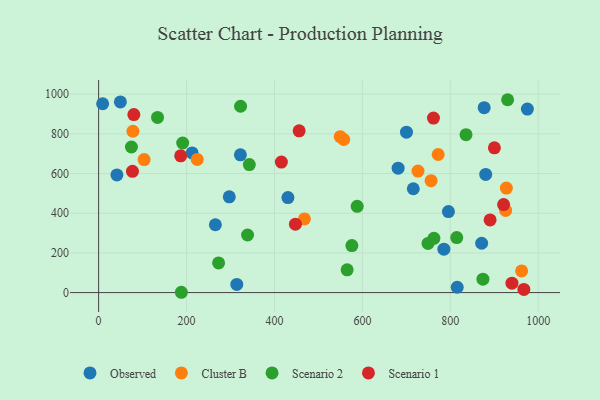
{"axis": {"x": "Ad Spend", "y": "Rating"}, "legend": ["Cluster B", "Observed", "Scenario 1", "Scenario 2"], "data": [{"x": "49.5", "y": 960.9, "type": "Observed"}, {"x": "681.3", "y": 626.7, "type": "Observed"}, {"x": "297.2", "y": 482.6, "type": "Observed"}, {"x": "975.3", "y": 924.7, "type": "Observed"}, {"x": "715.8", "y": 523.3, "type": "Observed"}, {"x": "9.1", "y": 951.4, "type": "Observed"}, {"x": "871.3", "y": 248.5, "type": "Observed"}, {"x": "265.6", "y": 341.9, "type": "Observed"}, {"x": "795.7", "y": 408.4, "type": "Observed"}, {"x": "877.0", "y": 931.7, "type": "Observed"}, {"x": "212.7", "y": 703.7, "type": "Observed"}, {"x": "700.3", "y": 808.4, "type": "Observed"}, {"x": "815.7", "y": 26.8, "type": "Observed"}, {"x": "430.6", "y": 478.9, "type": "Observed"}, {"x": "41.6", "y": 593.1, "type": "Observed"}, {"x": "880.5", "y": 595.5, "type": "Observed"}, {"x": "785.4", "y": 218.8, "type": "Observed"}, {"x": "314.3", "y": 41.2, "type": "Observed"}, {"x": "322.5", "y": 694.2, "type": "Observed"}, {"x": "756.3", "y": 564.0, "type": "Cluster B"}, {"x": "103.5", "y": 670.2, "type": "Cluster B"}, {"x": "78.0", "y": 812.9, "type": "Cluster B"}, {"x": "925.9", "y": 414.0, "type": "Cluster B"}, {"x": "772.4", "y": 695.7, "type": "Cluster B"}, {"x": "962.2", "y": 109.2, "type": "Cluster B"}, {"x": "927.5", "y": 526.5, "type": "Cluster B"}, {"x": "224.3", "y": 671.2, "type": "Cluster B"}, {"x": "726.5", "y": 612.1, "type": "Cluster B"}, {"x": "549.6", "y": 785.7, "type": "Cluster B"}, {"x": "468.1", "y": 371.0, "type": "Cluster B"}, {"x": "557.6", "y": 771.4, "type": "Cluster B"}, {"x": "588.2", "y": 434.9, "type": "Scenario 2"}, {"x": "749.3", "y": 247.8, "type": "Scenario 2"}, {"x": "762.7", "y": 273.2, "type": "Scenario 2"}, {"x": "814.6", "y": 277.3, "type": "Scenario 2"}, {"x": "565.3", "y": 114.9, "type": "Scenario 2"}, {"x": "134.0", "y": 882.8, "type": "Scenario 2"}, {"x": "191.2", "y": 753.7, "type": "Scenario 2"}, {"x": "322.9", "y": 938.8, "type": "Scenario 2"}, {"x": "74.6", "y": 733.5, "type": "Scenario 2"}, {"x": "930.4", "y": 971.8, "type": "Scenario 2"}, {"x": "835.7", "y": 795.7, "type": "Scenario 2"}, {"x": "188.2", "y": 1.6, "type": "Scenario 2"}, {"x": "272.9", "y": 149.6, "type": "Scenario 2"}, {"x": "576.1", "y": 237.1, "type": "Scenario 2"}, {"x": "342.8", "y": 644.9, "type": "Scenario 2"}, {"x": "874.2", "y": 67.5, "type": "Scenario 2"}, {"x": "338.8", "y": 290.3, "type": "Scenario 2"}, {"x": "761.7", "y": 879.2, "type": "Scenario 1"}, {"x": "447.7", "y": 344.5, "type": "Scenario 1"}, {"x": "80.1", "y": 897.2, "type": "Scenario 1"}, {"x": "456.1", "y": 815.2, "type": "Scenario 1"}, {"x": "900.3", "y": 729.5, "type": "Scenario 1"}, {"x": "415.7", "y": 657.5, "type": "Scenario 1"}, {"x": "921.2", "y": 443.5, "type": "Scenario 1"}, {"x": "967.3", "y": 15.8, "type": "Scenario 1"}, {"x": "186.7", "y": 689.1, "type": "Scenario 1"}, {"x": "890.5", "y": 366.2, "type": "Scenario 1"}, {"x": "940.2", "y": 47.4, "type": "Scenario 1"}, {"x": "77.0", "y": 610.9, "type": "Scenario 1"}]}